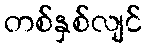
တစ်နှစ်လျင်